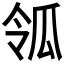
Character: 𤫲